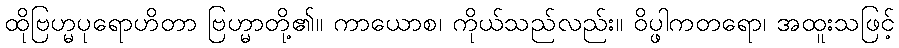
ထိုဗြဟ္မပုရောဟိတာ ဗြဟ္မာတို့၏။ ကာယောစ၊ ကိုယ်သည်လည်း။ ဝိပ္ဖါကတရော၊ အထူးသဖြင့်